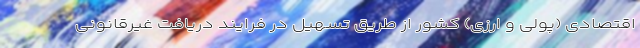
اقتصادی (پولی و ارزی) کشور از طریق تسهیل در فرایند دریافت غیرقانونی